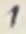
Text: 1